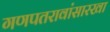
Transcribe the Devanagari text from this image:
गणपतरावांसारखा